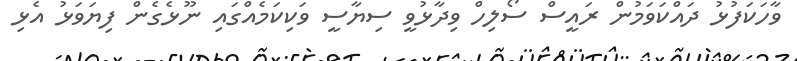
ވާހަކަފުޅު ދައްކަވަމުން ރައީސް ސޯލިހް ވިދާޅުވީ ސިޔާސީ ވަކިކަމެއްގައި ނޫޅެގެން ފިޔަވަޅު އެޅި